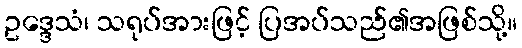
ဥဒ္ဒေသံ၊ သရုပ်အားဖြင့် ပြအပ်သည်၏အဖြစ်သို့။